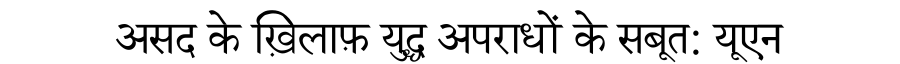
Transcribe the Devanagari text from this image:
असद के ख़िलाफ़ युद्ध अपराधों के सबूत: यूएन